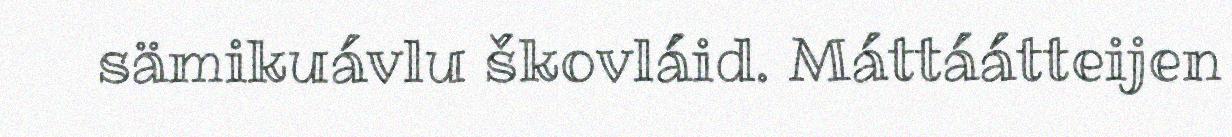
sämikuávlu škovláid. Máttáátteijen